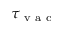
\tau _ { \mathrm { ~ v ~ a ~ c ~ } }